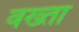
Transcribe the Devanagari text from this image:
वख्‍ता